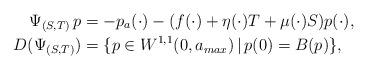
LaTeX: \begin{align*}\Psi_{(S,T)}\,p & =-p_a(\cdot)-(f(\cdot)+\eta(\cdot)T+\mu(\cdot)S)p(\cdot), \\D(\Psi_{(S,T)}) & =\{p\in W^{1,1}(0,a_{max})\,|\, p(0)=B(p)\}, \end{align*}